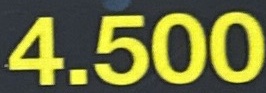
4.500